65_HS1-101634279_100-DE-26505
Agency: FBI
Incident date: 11/7/57
Incident location: Germany
Page 5
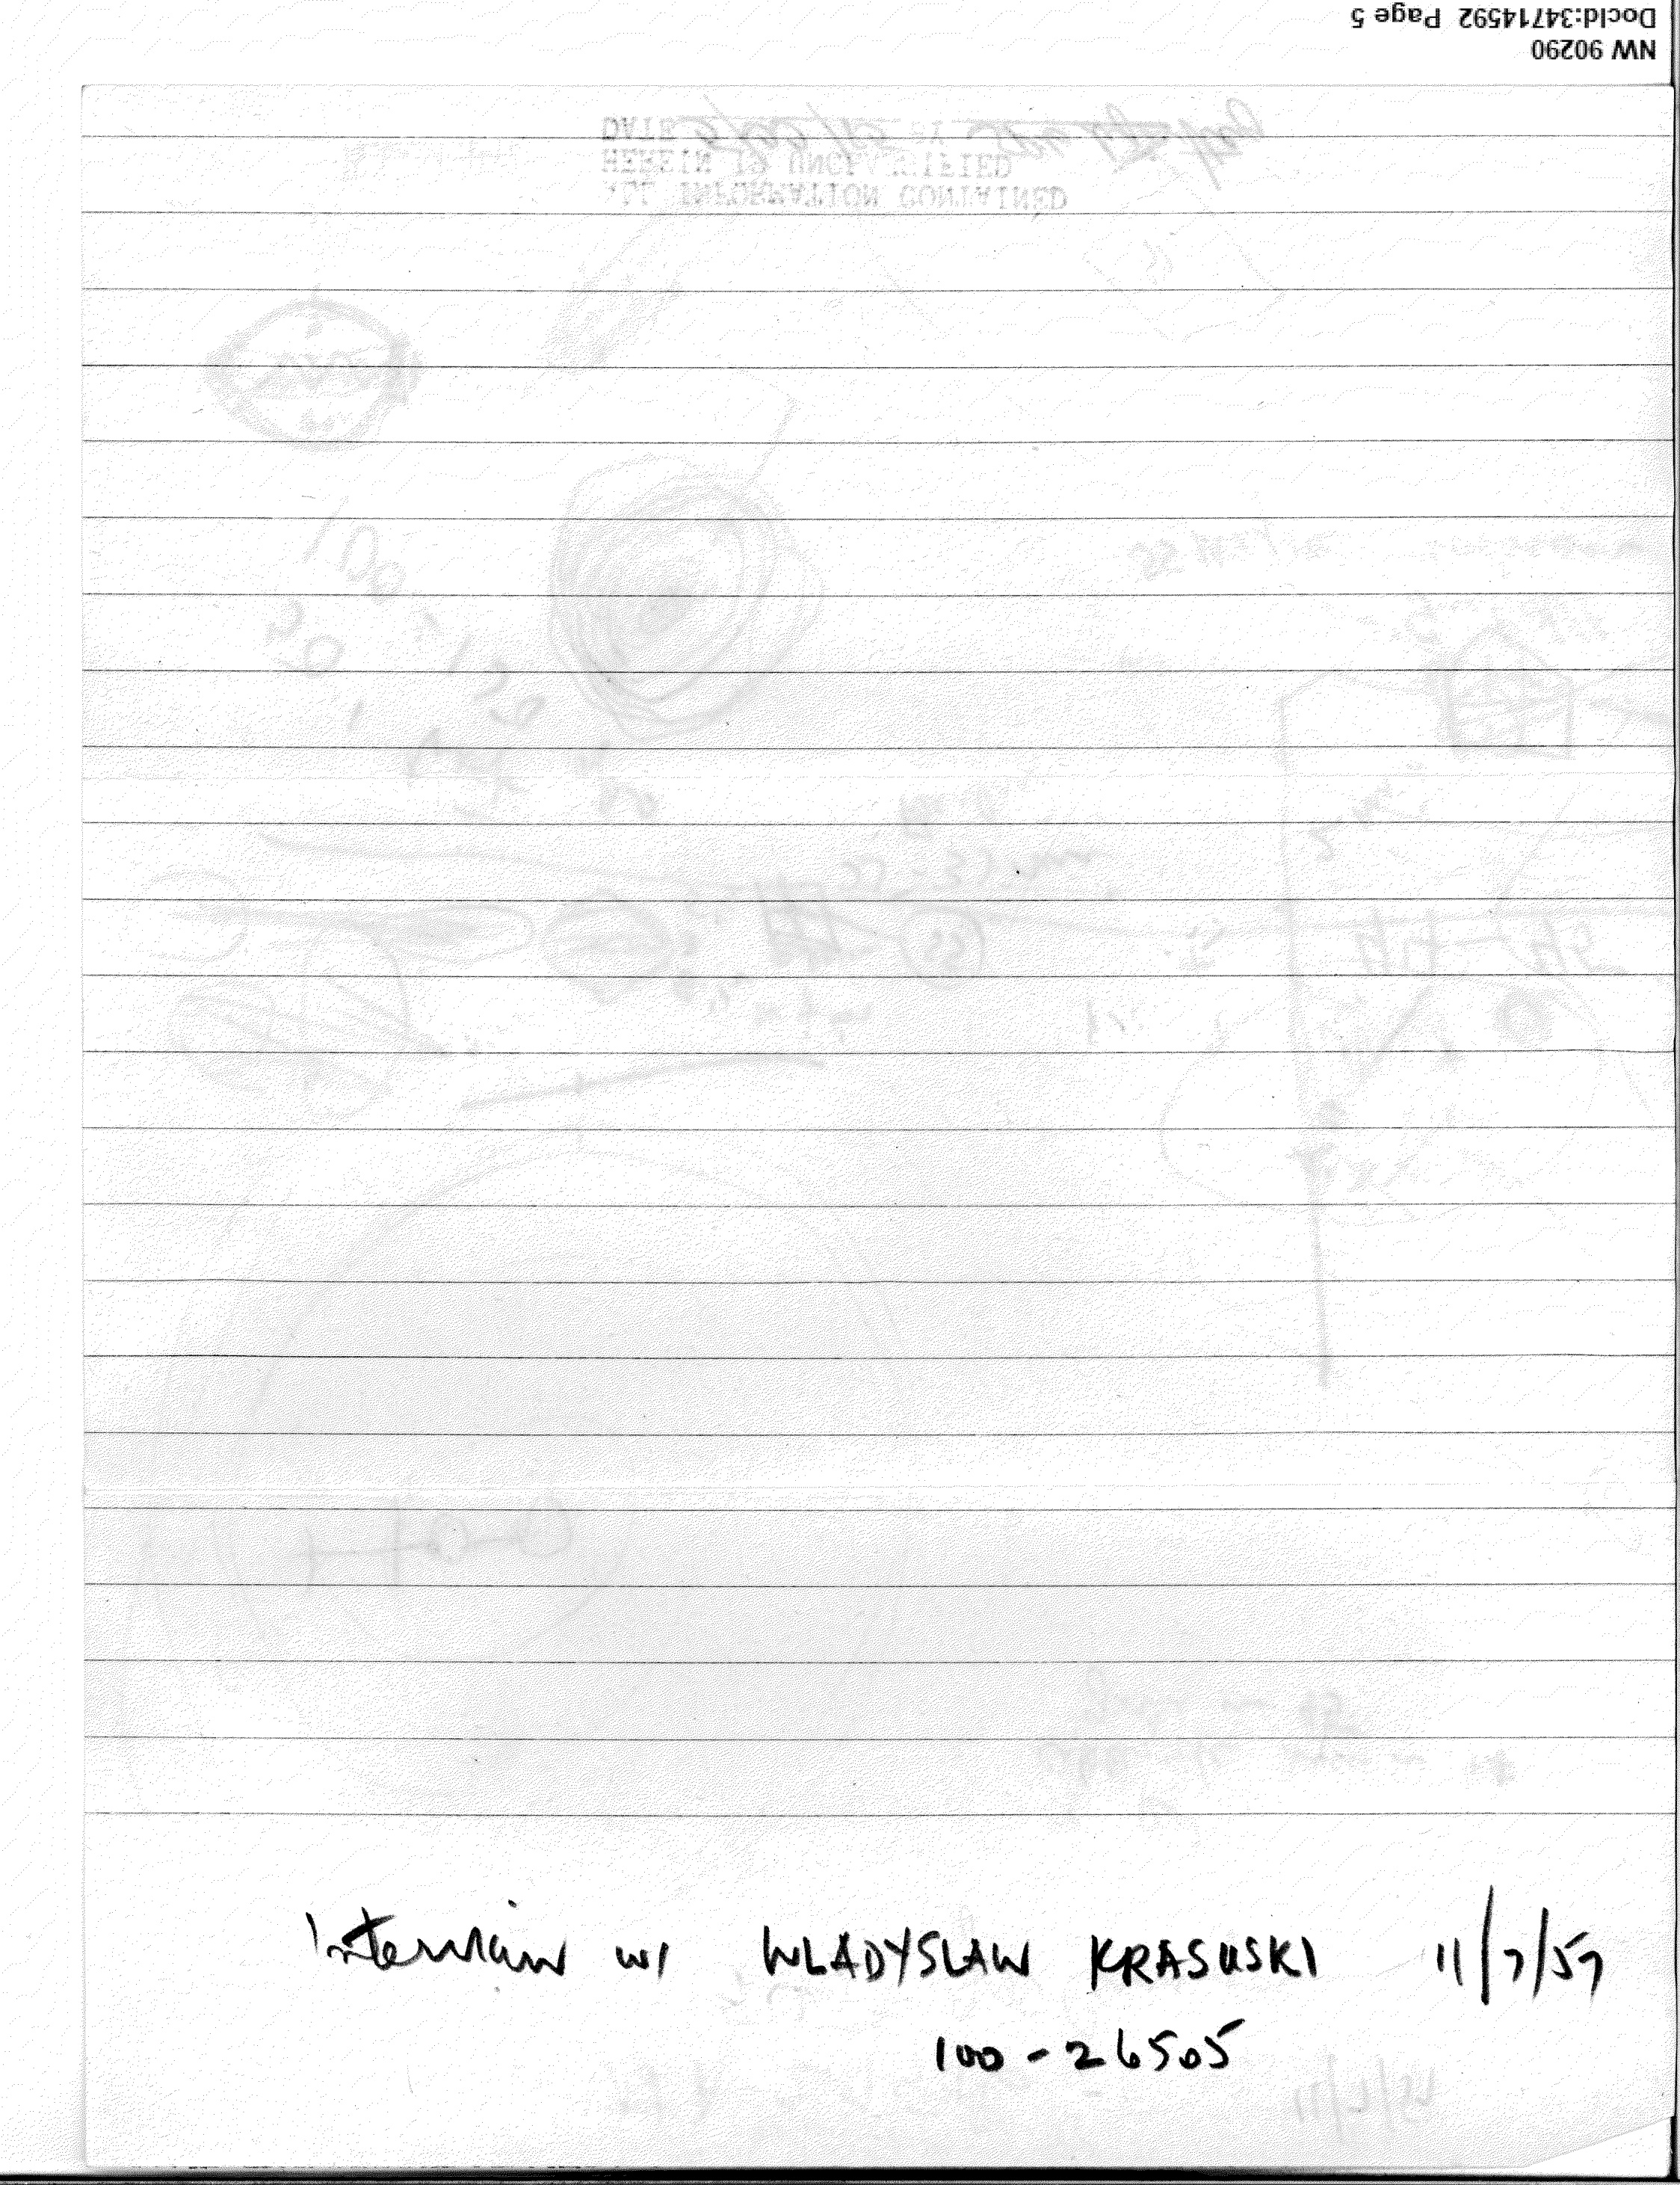